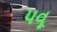
પવૂ